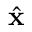
\hat { \bf x }